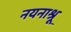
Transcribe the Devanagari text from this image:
नयनाश्रू